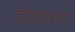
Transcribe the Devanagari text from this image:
द्विराष्ट्रसिद्धान्त